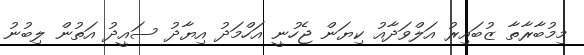
މިމުބާރާތާ ޒުބައިރު އަލްވަދާއު ކިޔަން ޖެހުނީ އަހްމަދު އިޔާދު ސައީދު އަތުން ލިބުނު